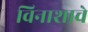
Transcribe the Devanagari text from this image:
विनाशाचे